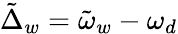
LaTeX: \tilde{\Delta}_{w}=\tilde{\omega}_{w}-\omega_{d}